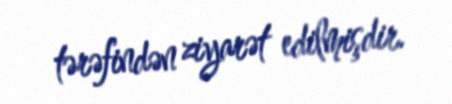
tərəfindən ziyarət edilmişdir.